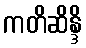
ကတိဆိန္ဒိ